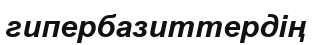
гипербазиттердің